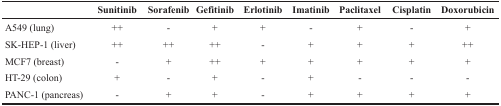
|  | Sunitinib | Sorafenib | Gefitinib | Erlotinib | Imatinib | Paclitaxel | Cisplatin | Doxorubicin |
 | --- | --- | --- | --- | --- | --- | --- | --- | --- |
 | A549 (lung) | ++ | - | + | + | - | + | - | + |
 | SK-HEP-1 (liver) | ++ | ++ | ++ | - | + | + | + | ++ |
 | MCF7 (breast) | - | + | ++ | + | + | + | + | + |
 | HT-29 (colon) | + | - | + | - | + | - | - | - |
 | PANC-1 (pancreas) | - | + | + | - | + | + | + | + |